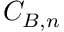
{ C } _ { B , n }